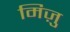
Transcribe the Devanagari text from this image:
मिज़ु